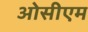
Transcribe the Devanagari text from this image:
ओसीएम